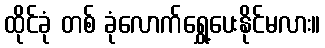
ထိုင်ခုံ တစ် ခုံလောက်ရွှေ့ပေးနိုင်မလား။